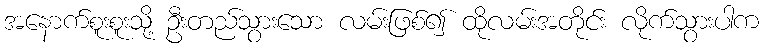
အနောက်စူးစူးသို့ ဦးတည်သွားသော လမ်းဖြစ်၍ ထိုလမ်းအတိုင်း လိုက်သွားပါက